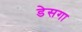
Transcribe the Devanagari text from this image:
डेसगा